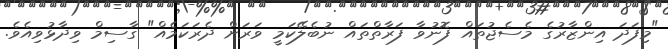
"މިފަދަ އިންޒާރުގެ މެސެޖުތައް ފޮނުވާ ފަރާތްތައް ނުބެލޭކަމީ ވަރަށް ދެރަކަމެއް" ގާސިމް ވިދާޅުވިއެވެ.